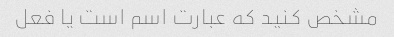
مشخص کنید که عبارت اسم است یا فعل